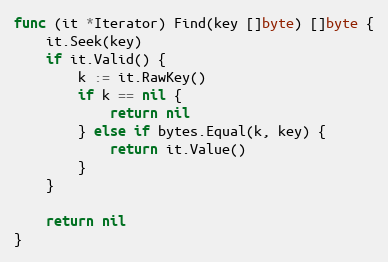
Language: Go
func (it *Iterator) Find(key []byte) []byte {
	it.Seek(key)
	if it.Valid() {
		k := it.RawKey()
		if k == nil {
			return nil
		} else if bytes.Equal(k, key) {
			return it.Value()
		}
	}

	return nil
}